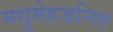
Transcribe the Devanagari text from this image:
मधुमेहजनित